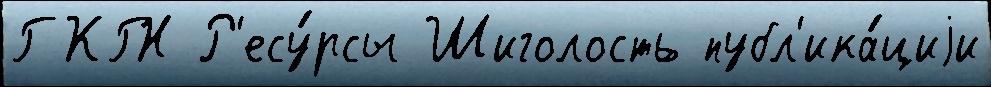
ГКГН Р'есу́рсы Шиголость публ'ика́циjи